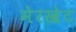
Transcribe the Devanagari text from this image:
मेरखेट